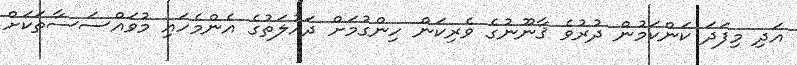
އަދި މިފަދަ ކަންކަމުން ދުރުވެ ޤާނޫނުގެ ވެރިކަން ހިންގުމަށް ދައުލަތުގެ އެންމެހައި މުވައްސަސާތަކަށް